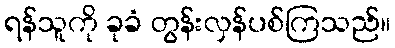
ရန်သူကို ခုခံ တွန်းလှန်ပစ်ကြသည်။